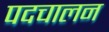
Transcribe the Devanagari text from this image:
पदचालन